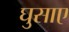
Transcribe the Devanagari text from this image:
घुसाए